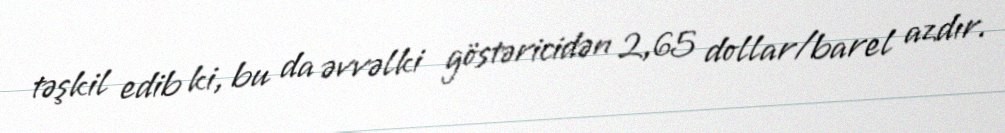
təşkil edib ki, bu da əvvəlki göstəricidən 2,65 dollar/barel azdır.